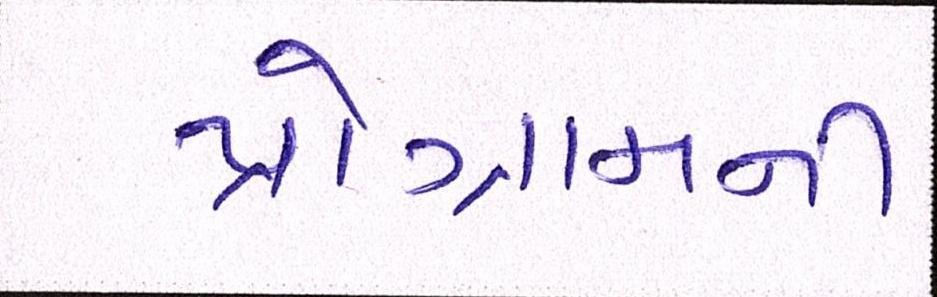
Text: પ્રોગ્રામની